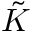
\tilde { K }